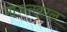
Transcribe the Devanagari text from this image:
भोजनकाल